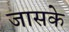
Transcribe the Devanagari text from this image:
जासके